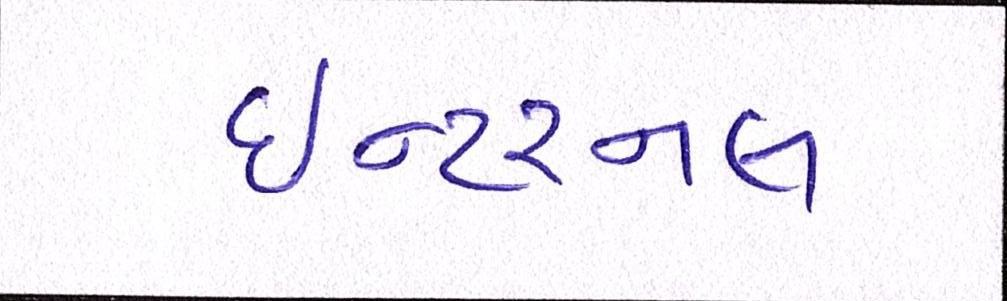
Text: ઇન્ટરનલ